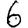
Digit: 6